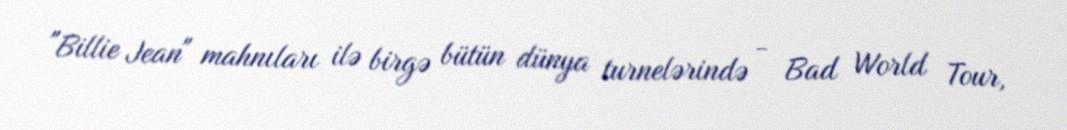
"Billie Jean" mahnıları ilə birgə bütün dünya turnelərində - Bad World Tour,